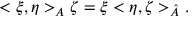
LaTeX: < \xi , \eta > _ { A } \zeta = \xi < \eta , \zeta > _ { \hat { A } } .